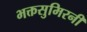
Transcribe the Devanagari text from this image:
भक्तसुमिरनी